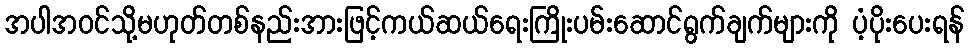
အပါအဝင်သို့မဟုတ်တစ်နည်းအားဖြင့်ကယ်ဆယ်ရေးကြိုးပမ်းဆောင်ရွက်ချက်များကို ပံ့ပိုးပေးရန်